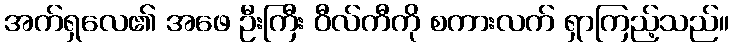
အက်ရှလေ၏ အဖေ ဦးကြီး ဝီလ်ကီကို စကားလက် ရှာကြည့်သည်။